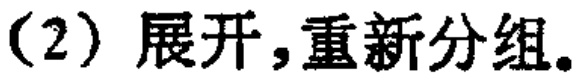
（2）展开，重新分组。